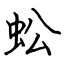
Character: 蚣